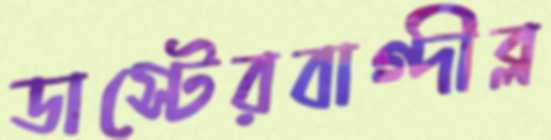
ডাস্টেরবাগ্দীব্ল